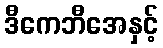
ဒီကေဘီအေနှင့်